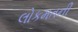
લોકમતની